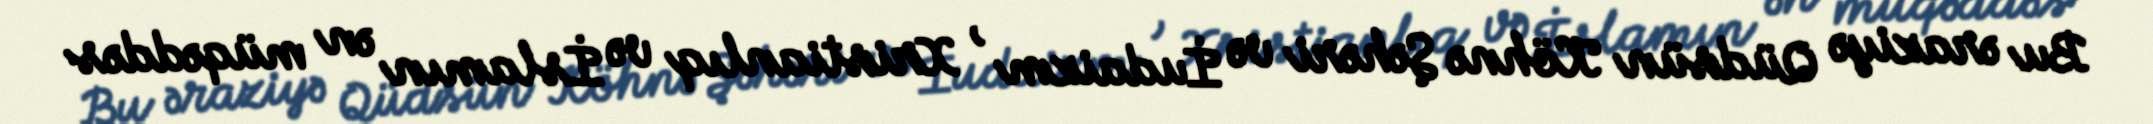
Bu əraziyə Qüdsün Köhnə Şəhəri və İudaizm , Xristianlıq və İslamın ən müqəddəs